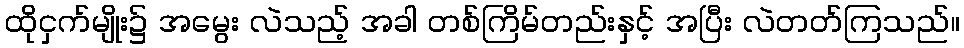
ထိုငှက်မျိုး၌ အမွေး လဲသည့် အခါ တစ်ကြိမ်တည်းနှင့် အပြီး လဲတတ်ကြသည်။